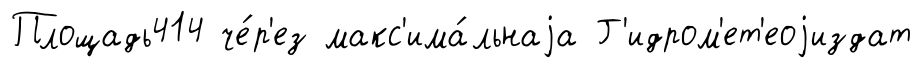
Площадь414 че́р'ез макс'има́льнаjа Г'идром'ет'еоjиздат